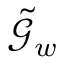
\tilde { \mathcal { G } } _ { w }